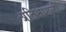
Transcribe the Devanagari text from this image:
प्रतिभाशली